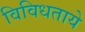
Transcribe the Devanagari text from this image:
विविधताये